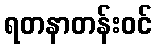
ရတနာတန်းဝင်